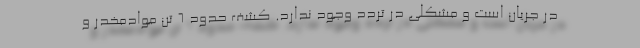
در جریان است و مشکلی در تردد وجود ندارد. کشف حدود 6 تن موادمخدر و